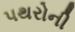
પથરોની